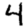
Digit: 4